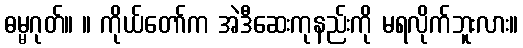
ဓမ္မဂုတ်။ ။ ကိုယ်တော်က အဲဒီဆေးကုနည်းကို မရလိုက်ဘူးလား။